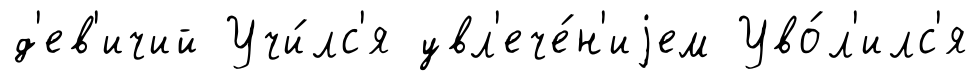
д'ев'ичий Учи́лс'я увл'ече́н'иjем Уво́л'илс'я